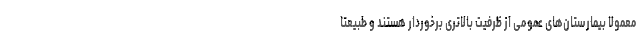
معمولا بیمارستان‌های عمومی از ظرفیت بالاتری برخوردار هستند و طبیعتا